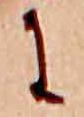
に